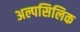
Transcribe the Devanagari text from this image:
अल्पसिलिक